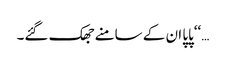
…‘‘پاپا ان کے سامنے جھک گئے۔